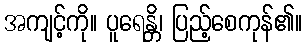
အကျင့်ကို။ ပူရေန္တိ၊ ပြည့်စေကုန်၏။